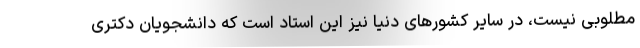
مطلوبی نیست، در سایر کشورهای دنیا نیز این استاد است که دانشجویان دکتری